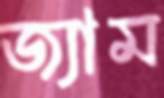
জ্যাম